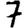
Digit: 7